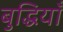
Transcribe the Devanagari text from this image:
बुद्धियाँ